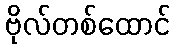
ဗိုလ်တစ်ထောင်